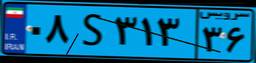
۰۸S۳۱۳۳۶